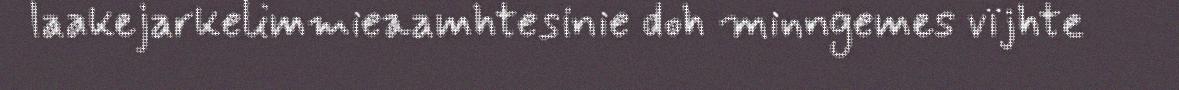
laakejarkelimmieaamhtesinie doh minngemes vïjhte